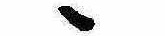
ゝ